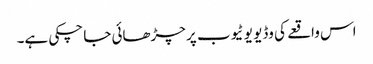
اس واقعے کی وڈیو یو ٹیوب پر چڑھائی جا چکی ہے۔